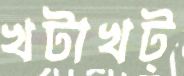
খটাখট্